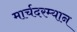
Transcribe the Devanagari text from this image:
मार्चदरम्यान